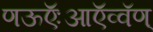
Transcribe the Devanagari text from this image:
णऊऍःआऍव्वॅण्